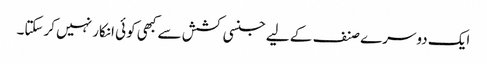
ایک دوسرے صنف کے لیے جنسی کشش سے کبھی کوئی انکار نہیں کرسکتا۔